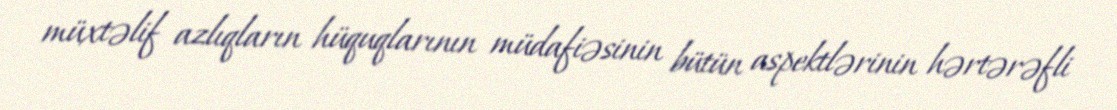
müxtəlif azlıqların hüquqlarının müdafiəsinin bütün aspektlərinin hərtərəfli